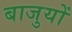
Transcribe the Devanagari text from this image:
बाजुयों